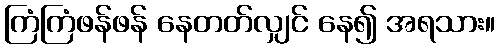
ကြံကြံဖန်ဖန် နေတတ်လျှင် နေ၍ အရသား။